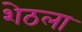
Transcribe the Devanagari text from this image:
शेठला